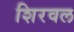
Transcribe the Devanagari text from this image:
शिरवल